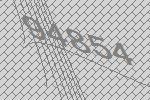
94854